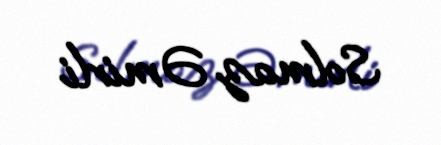
Solmaz Əmirli